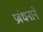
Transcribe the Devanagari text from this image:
प्रबंधनाने